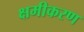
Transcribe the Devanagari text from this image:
क्षमीकरण